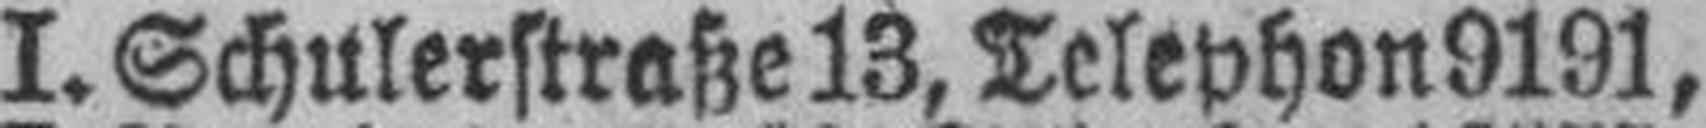
I. Schulerstraße 13, Telephon 9191,